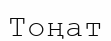
Тоңат